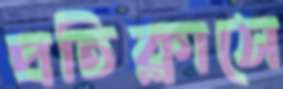
প্রতিক্লাসে